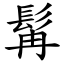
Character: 髯